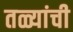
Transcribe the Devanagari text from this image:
तळ्यांची